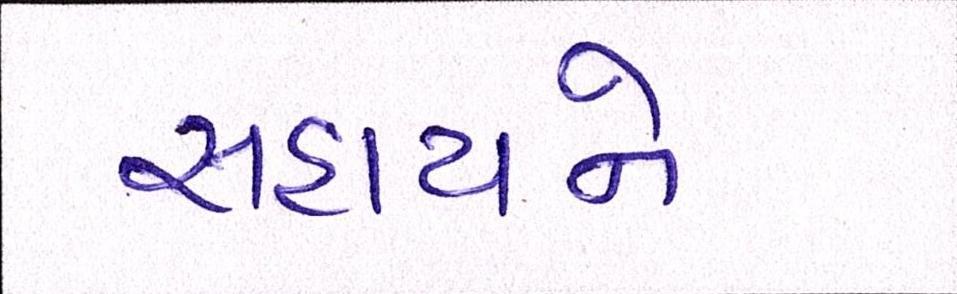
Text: સહાયને